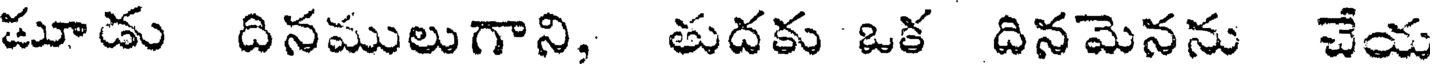
మూడు దినములుగాని, తుదకు ఒక దినమెనను చేయ